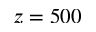
z = 5 0 0